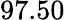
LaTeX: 97.50